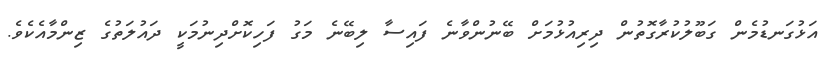
އަޅުގަނޑުމެން ގަބޫލުކުރާގޮތުން ދިރިއުޅުމަށް ބޭނުންވާނެ ފައިސާ ލިބޭނެ މަގު ފަހިކޮށްދިނުމަކީ ދައުލަތުގެ ޒިންމާއެކެވެ.